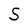
Character: S